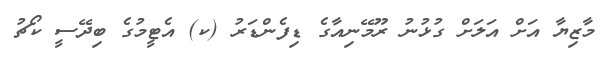
މާޒިޔާ އަށް އަލަށް ގުޅުނު ރޫމޭނިއާގެ ޑިފެންޑަރު (ކ) އެޓީމުގެ ބިދޭސީ ކޯޗު